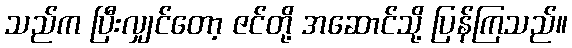
သည်က ပြီးလျှင်တော့ ဇင်တို့ အဆောင်သို့ ပြန်ကြသည်။